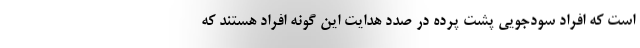
است که افراد سودجویی پشت پرده در صدد هدایت این گونه افراد هستند که